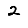
Digit: 2